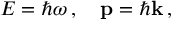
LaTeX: E = \hbar \omega \, , \quad \mathbf { p } = \hbar \mathbf { k } \, ,